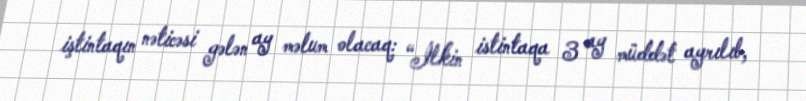
iştintaqın nəticəsi gələn ay məlum olacaq: “İlkin istintaqa 3 ay müddət ayrılıb,